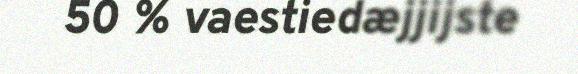
50 % vaestiedæjjijste